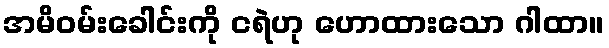
အမိဝမ်းခေါင်းကို ငရဲဟု ဟောထားသော ဂါထာ။